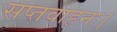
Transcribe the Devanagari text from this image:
सप्तवाहनः।